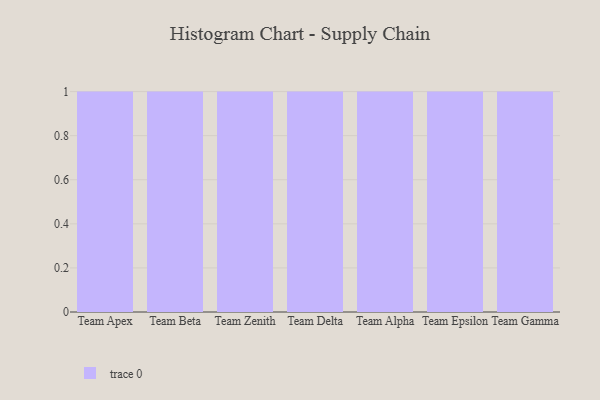
{"axis": {"x": "Team", "y": "Waste Production (Tons)"}, "legend": [""], "data": [{"x": "Team Apex", "y": 39, "type": ""}, {"x": "Team Beta", "y": 92, "type": ""}, {"x": "Team Zenith", "y": 12, "type": ""}, {"x": "Team Delta", "y": 18, "type": ""}, {"x": "Team Alpha", "y": 30, "type": ""}, {"x": "Team Epsilon", "y": 95, "type": ""}, {"x": "Team Gamma", "y": 1, "type": ""}]}